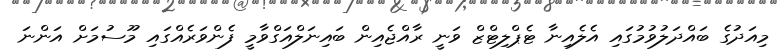
މިއަދުގެ ބައްދަލުވުމުގައި އެލެއިނާ ޓެޕްލިޓްޒް ވަނީ ރާއްޖެއިން ބައިނަލްއަގްވާމީ ފެންވަރެއްގައި މޫސުމަށް އަންނަ